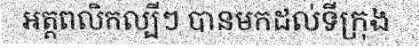
អត្តពលិកល្បីៗ បានមកដល់ទីក្រុង